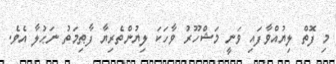
މި ފޮތް ލިޔުއްވާފައި ވަނީ މަޝްހޫރު ވާހަކަ ލިޔުންތެރިޔާ ފާޠިމަތު ނަޙުލާ އެވެ.